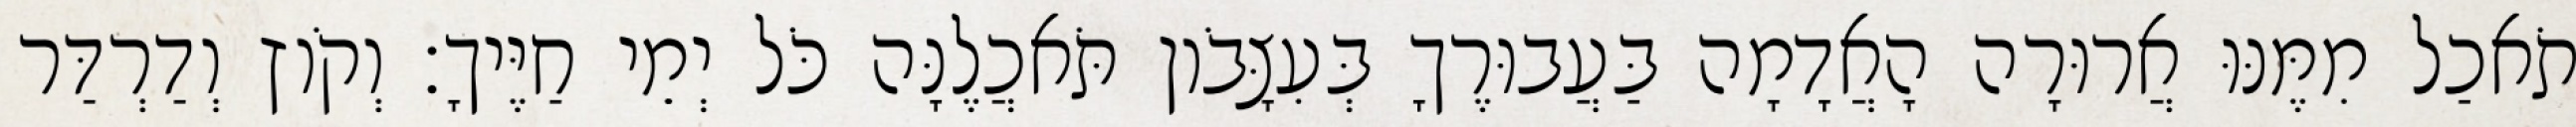
תֹאכַל מִמֶּנּוּ אֲרוּרָה הָאֲדָמָה בַּעֲבוּרֶךָ בְּעִצָּבֹון תֹּאכֲלֶנָּה כֹּל יְמֵי חַיֶּיךָ׃ וְקֹוץ וְדַרְדַּר